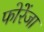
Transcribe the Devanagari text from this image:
फोरेंजा